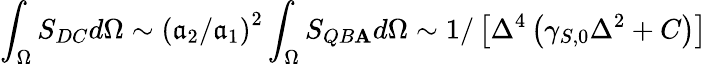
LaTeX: \int_{\Omega}S_{DC}d\Omega\sim\left(\mathfrak{a}_{2}/\mathfrak{a}_{1}\right)^{2}\int_{\Omega}S_{QB\mathbf{A}}d\Omega\sim1/\left[\Delta^{4}\left(\gamma_{S,0}\Delta^{2}+C\right)\right]